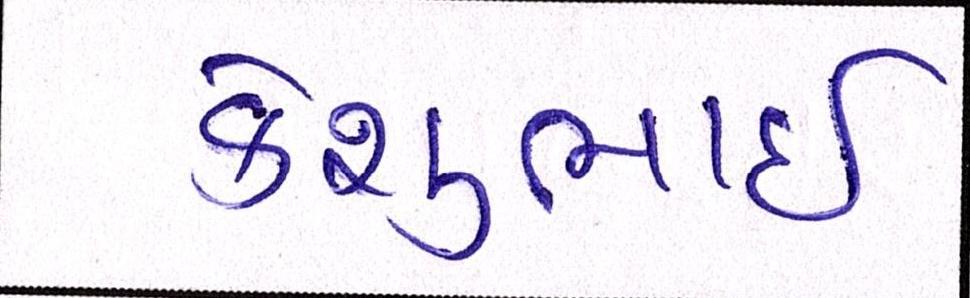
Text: કેશુભાઈ